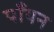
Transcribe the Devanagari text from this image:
पाँयन